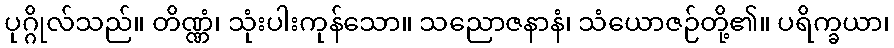
ပုဂ္ဂိုလ်သည်။ တိဏ္ဏံ၊ သုံးပါးကုန်သော။ သညောဇနာနံ၊ သံယောဇဉ်တို့၏။ ပရိက္ခယာ၊